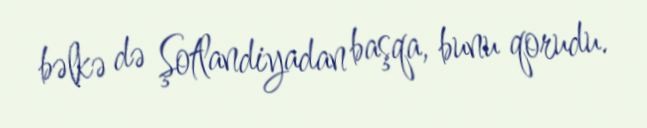
bəlkə də Şotlandiyadan başqa, bunu qorudu.